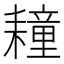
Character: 𦔛